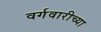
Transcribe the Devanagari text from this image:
वर्गवारीच्या